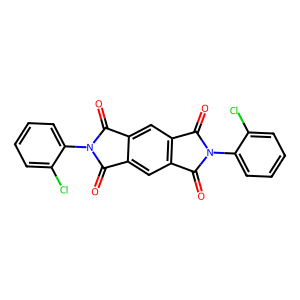
SMILES: O=c1c2cc3c(=O)n(-c4ccccc4Cl)c(=O)c3cc2c(=O)n1-c1ccccc1Cl
Inhibits HIV replication: No